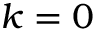
k = 0